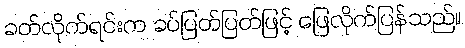
ခတ်လိုက်ရင်းက ခပ်ပြတ်ပြတ်ဖြင့် ဖြေလိုက်ပြန်သည်။